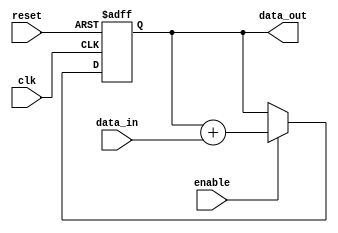
module Pipeline_accumulator (
    input wire clk,
    input wire reset,
    input wire enable,
    input wire [7:0] data_in,
    output wire [15:0] data_out
);

reg [15:0] accumulator;

always @(posedge clk or posedge reset) begin
    if (reset) begin
        accumulator <= 16'h0000;
    end else if (enable) begin
        accumulator <= accumulator + data_in;
    end
end

assign data_out = accumulator;

endmodule